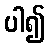
ပါ၍